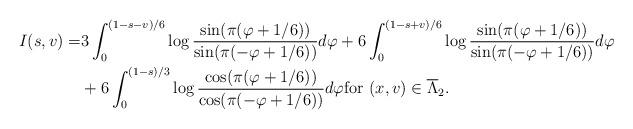
LaTeX: \begin{align*}I(s, v) =&3 \int_0^{(1-s-v)/6} \log \frac{\sin ( \pi (\varphi+1/6 ) )}{\sin ( \pi (-\varphi+1/6 ) )} d \varphi+ 6 \int_0^{(1-s+v)/6} \log \frac{\sin(\pi(\varphi+1/6))}{\sin ( \pi (-\varphi+1/6 ) )} d \varphi\\&+ 6 \int_0^{(1-s)/3} \log \frac{\cos(\pi(\varphi+1/6))}{\cos(\pi(-\varphi+1/6))} d \varphi\mbox{for $(x, v) \in \overline{\Lambda}_2$}.\end{align*}